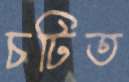
চটিত